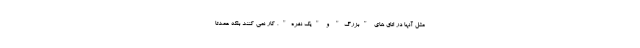
مثل آنها در اتاق های "بزرگ" و "یک نفره"، کار نمی کنند بلکه عمدتاً